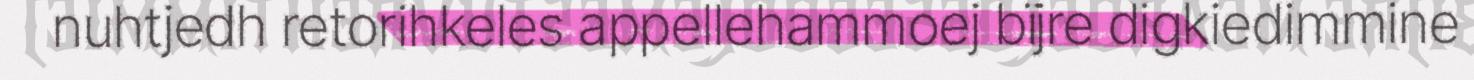
nuhtjedh retorihkeles appellehammoej bïjre digkiedimmine